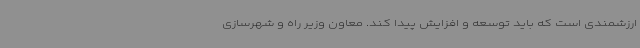
ارزشمندی است که باید توسعه و افزایش پیدا کند. معاون وزیر راه و شهرسازی